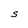
Character: S